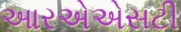
આરએએસટી